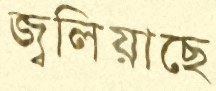
জ্বলিয়াছে